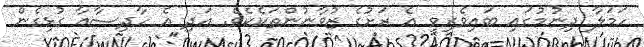
ހަމަލާ ދިނުމުގައި ބައިވެރިވީ އެ ރަށުގެ ޒުވާނުންތަކެކެވެ. އަދި އެ ހާދިސާއާ ގުޅިގެން